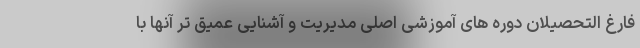
فارغ التحصیلان دوره های آموزشی اصلی مدیریت و آشنایی عمیق تر آنها با